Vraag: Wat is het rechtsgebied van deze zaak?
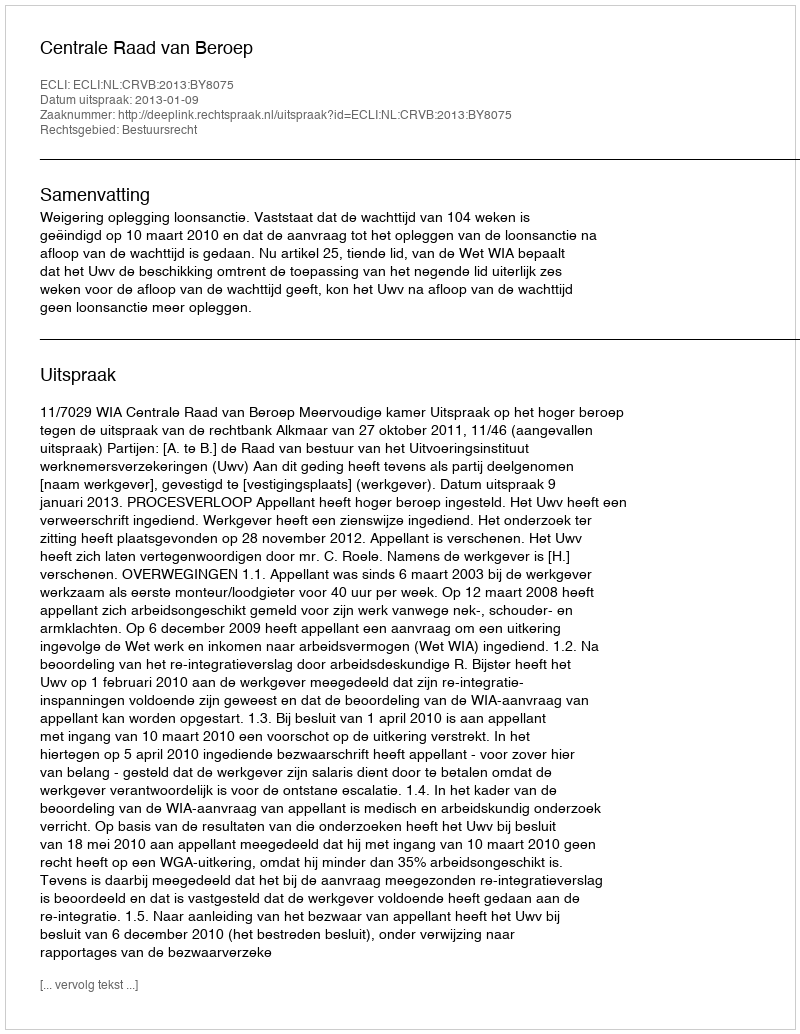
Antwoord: Bestuursrecht